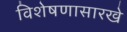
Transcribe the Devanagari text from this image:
विशेषणासारखे